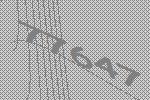
77647